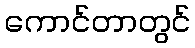
ကောင်တာတွင်